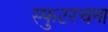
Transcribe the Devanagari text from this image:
स्फुटरचना